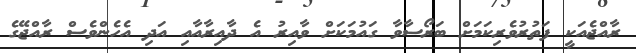
ރާއްޖެއަކީ ފަތުރުވެރިކަމަށް ބަރޯސާވާ ގައުމަކަށް ވާއިރު އެ ދާއިރާއާއި އަދި އެހެންވެސް ރާއްޖޭގެ